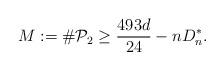
LaTeX: \begin{align*} M:= \# \mathcal{P}_2 \geq \frac{493d}{24} - n D_n^*.\end{align*}